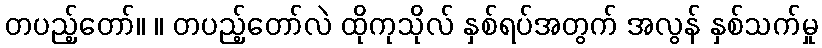
တပည့်တော်။ ။ တပည့်တော်လဲ ထိုကုသိုလ် နှစ်ရပ်အတွက် အလွန် နှစ်သက်မှု